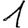
Digit: 1